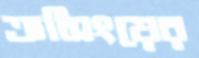
ক্রসিংয়ের